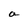
Character: a